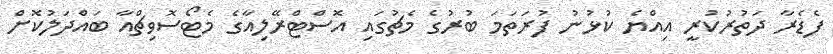
ފެޑެރާ ދަތުރުކުރީ އިއްޔެ ކުޅުނު ފުރަތަމަ ބުރުގެ މެޗުގައި އޮސްޓްރޭލިއާގެ މެޓޯސޮވިޗްއާ ބައްދަލުކޮށް